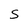
Character: S